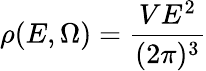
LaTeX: \rho(E,\Omega)=\frac{VE^{2}}{(2\pi)^{3}}